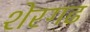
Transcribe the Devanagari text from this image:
शेरगढ